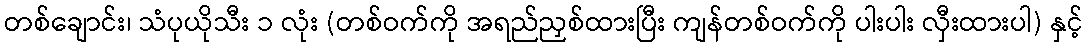
တစ်ချောင်း၊ သံပုယိုသီး ၁ လုံး (တစ်ဝက်ကို အရည်ညှစ်ထားပြီး ကျန်တစ်ဝက်ကို ပါးပါး လှီးထားပါ) နှင့်